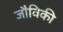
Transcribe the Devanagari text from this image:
जौविकी